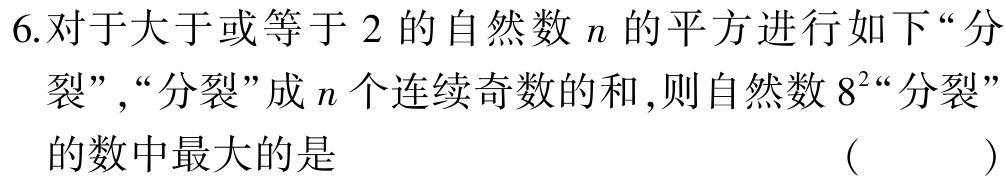
6.对于大于或等于$2$的自然数$n$的平方进行如下“分裂”,“分裂”成$n$个连续奇数的和,则自然数$8^{2}$“分裂”的数中最大的是 （ ）